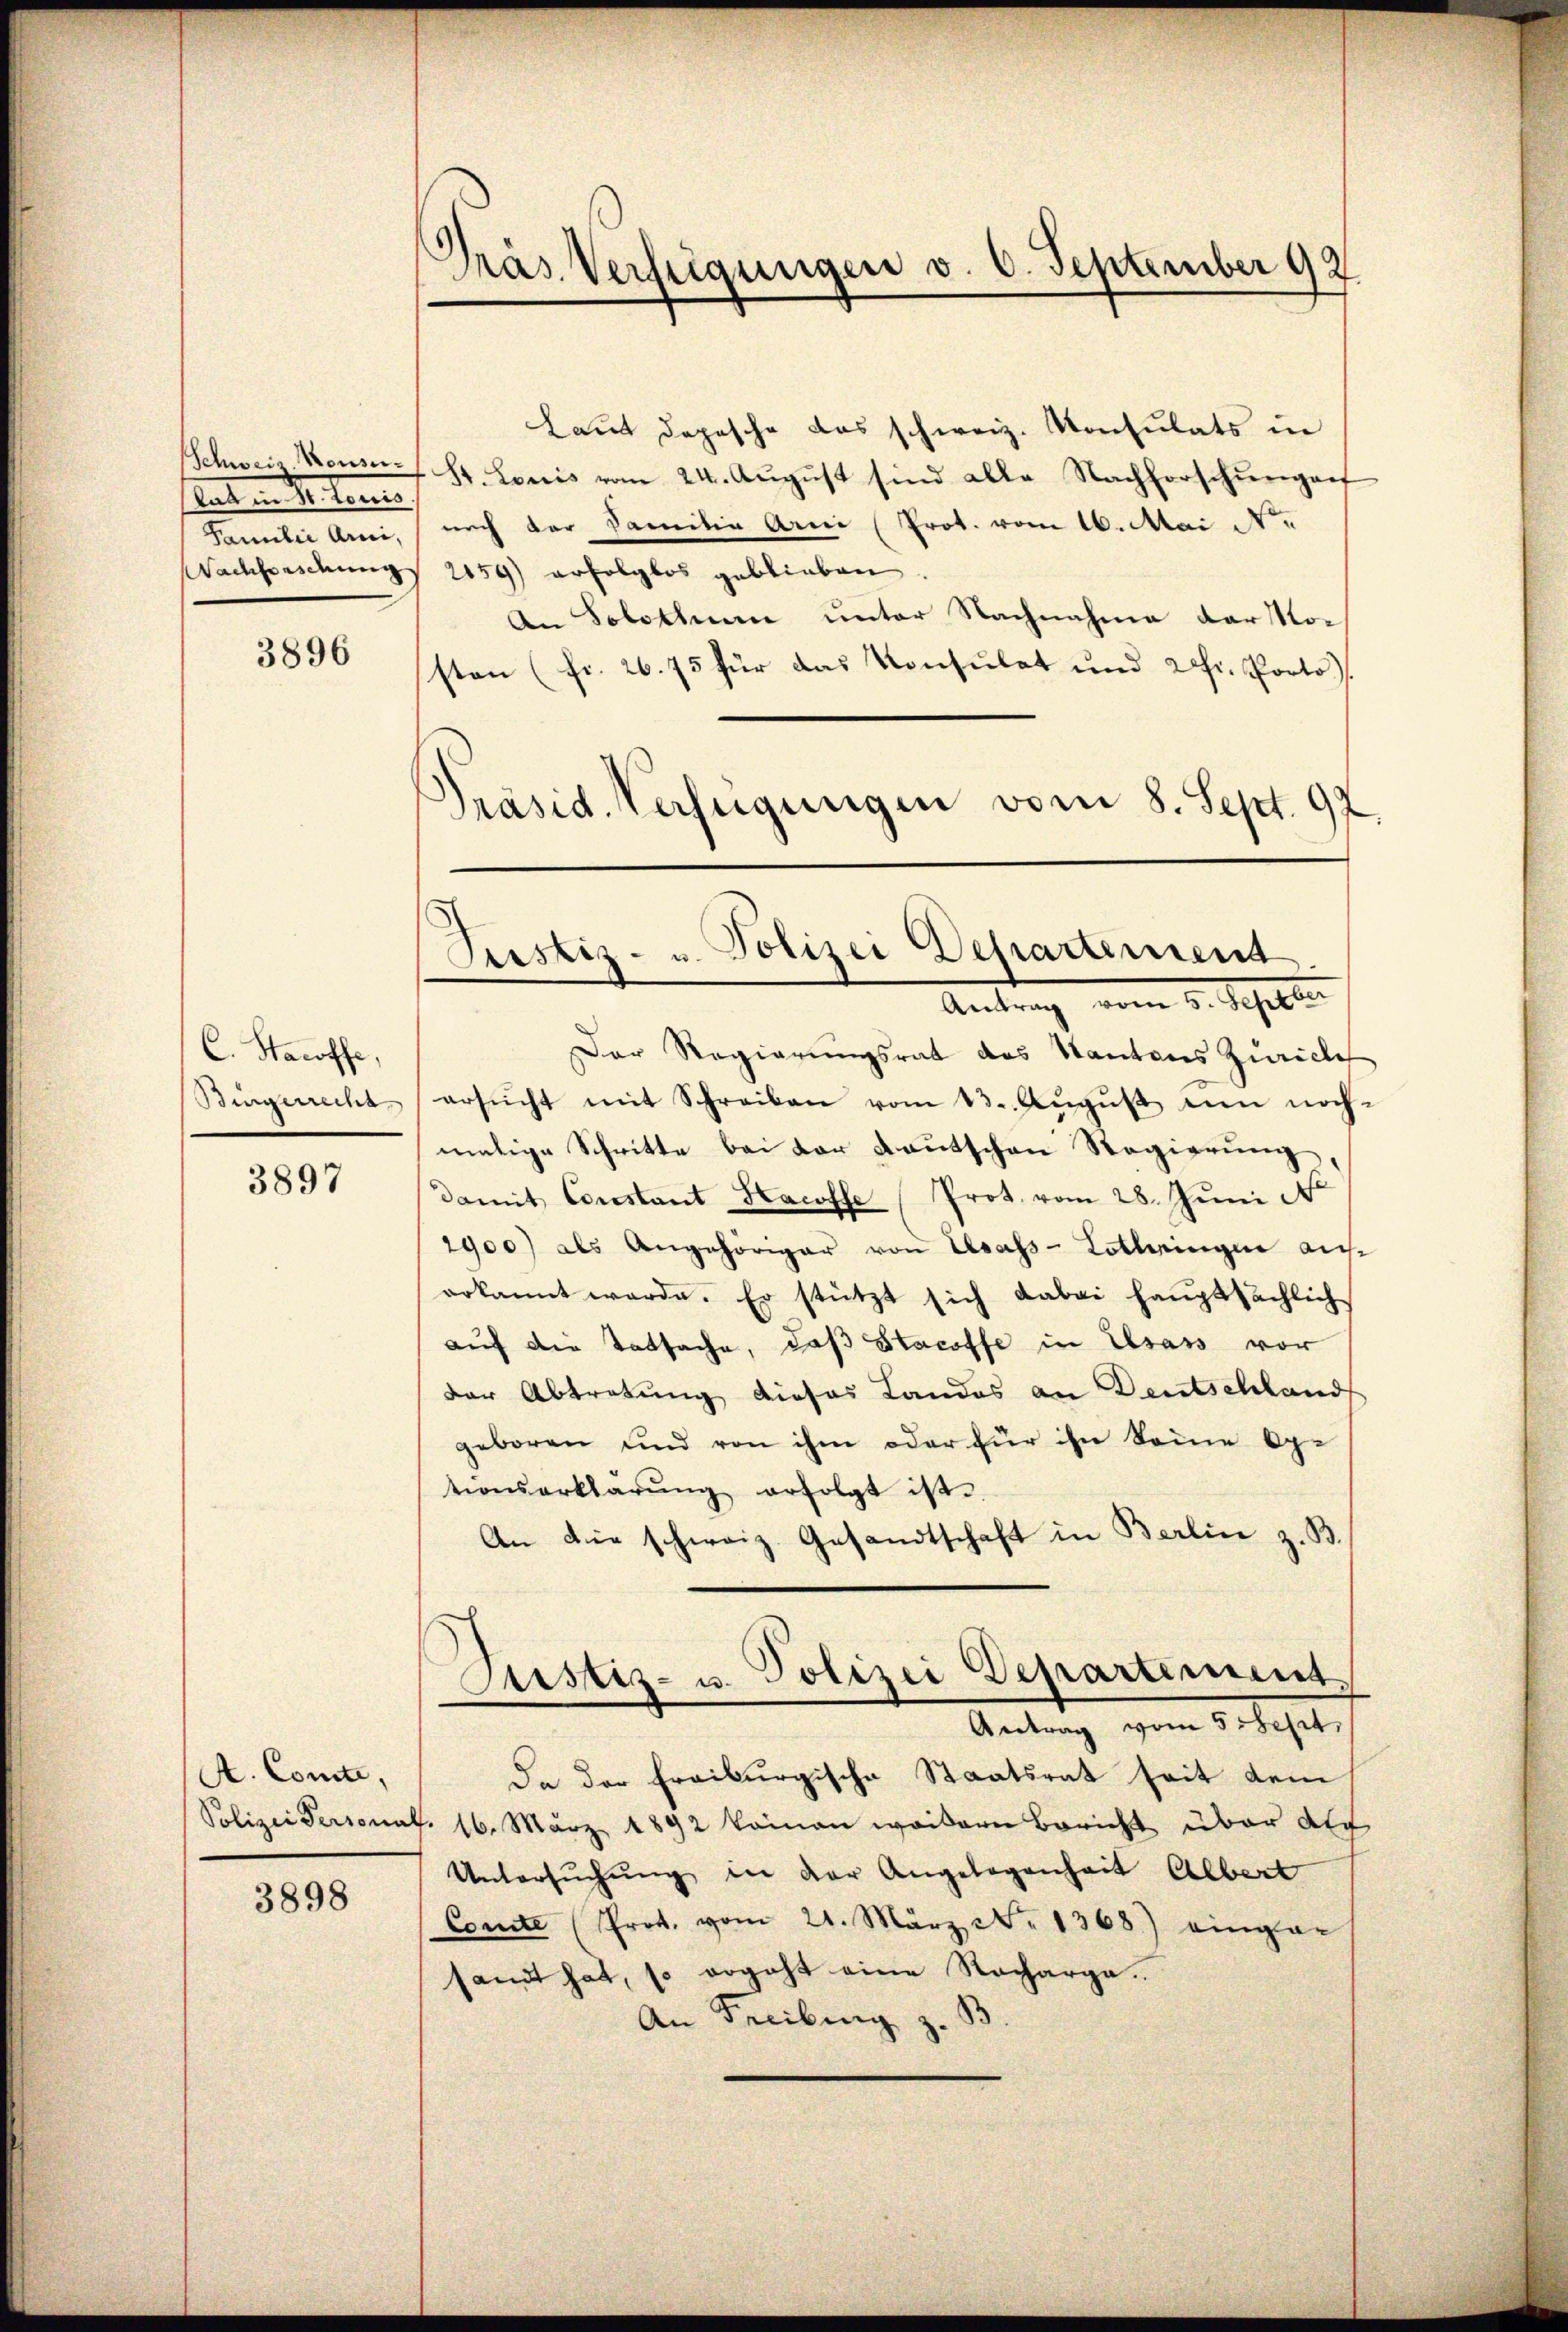
tag in 30 vorers.
Wachbordnung

3896

C. Staroffe,
Bingerreche

3897

A. Comte,
Polizei Personal

3898

)
Pras. Verftigungen v. 6. September 92

Laut Depesche das schweiz. Konsulats in
Schweiz. Konsen, St. Loris vom 24. Aŭgŭst sind alle Nachforschŭngen
Familie Anni, nach der Familie Arni (Prot. vom 16. Mai Nee
2159) erfolglos geblieben.
An Solothum unter Nachnahme derstor
sten (fr. 26. 75 für das Konsulat und 20fr. Porto
Präsid. Verfügungen vom 8. Sept. 97.

Pustiz- u. Polizei Departement
Antrag vom 5. Septber

Der Regierungsrat des Kantons Zürich
ersŭcht mit Schreiben vom 13. Aŭgŭst ein noch-
malige Schritte bei der Kautschen Regierung
damit Constant Hacosse (Prot. vom 28. Juni N
1900) als Angehöriger von Elsass-Lothringen aus
erkannt werde. Er stützt sich dabei haŭptsächlich
aŭf die Tatsache, daß Stacoffe in Elsass vor
der Abtretung dieses Landos an Deutschland
geboren und von ihm oder für ihn keine Optionserklärŭng erfolgt ist.
An die schweiz. Gesandtschaft in Berline z. B.
Astiz- u. Polizei Departement,
Antrag vom 5. Sept.
da der Freiburgische Staatsrat seit dem
16. März 1892 kamen wordern Bericht über der
Untersŭchŭng in der Angelegenheit Albert
Comte Prot. vom 21. März No. 1368) eingar
sandt hat, so ergeht eine Recharge.
An Freibung z.